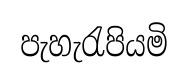
පැහැරැපියමි